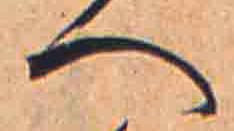
へ